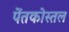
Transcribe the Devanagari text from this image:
पेंतकोस्तल